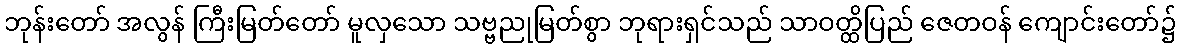
ဘုန်းတော် အလွန် ကြီးမြတ်တော် မူလှသော သဗ္ဗညုမြတ်စွာ ဘုရားရှင်သည် သာဝတ္ထိပြည် ဇေတဝန် ကျောင်းတော်၌